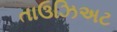
તાઉઝિઅટ